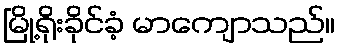
မြို့ရိုးခိုင်ခံ့ မာကျောသည်။